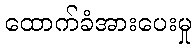
ထောက်ခံအားပေးမှု